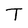
Character: T